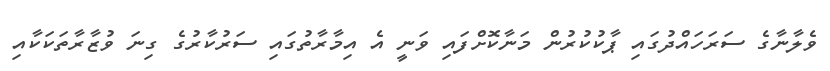
ވެލާނާގެ ސަރަހައްދުގައި ޕާކުކުރުން މަނާކޮށްފައި ވަނީ އެ އިމާރާތުގައި ސަރުކާރުގެ ގިނަ ވުޒާރާތަކަކާއި